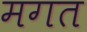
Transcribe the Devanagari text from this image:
मगत